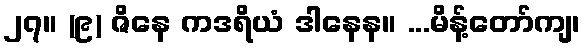
၂၇။ (၉) ဇိနေ ကဒရိယံ ဒါနေန။ ...မိန့်တော်ကျ၊